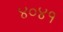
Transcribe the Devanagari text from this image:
४०४१